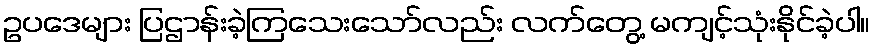
ဥပဒေများ ပြဌာန်းခဲ့ကြသေးသော်လည်း လက်တွေ့ မကျင့်သုံးနိုင်ခဲ့ပါ။